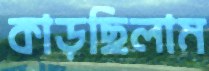
কাড়ছিলাম